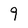
Character: 9